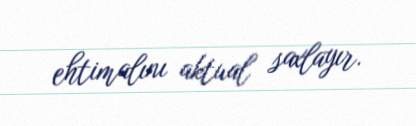
ehtimalını aktual saxlayır.